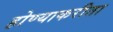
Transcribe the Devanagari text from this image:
होण्याकरीता